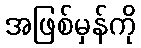
အဖြစ်မှန်ကို